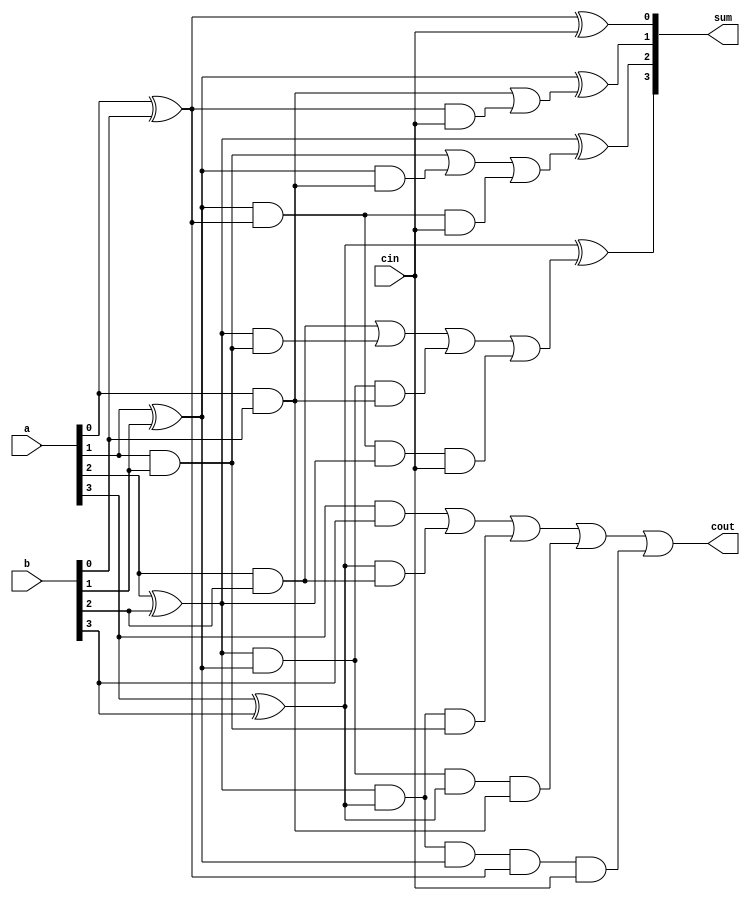
`timescale 1ns / 1ps
module look_ahead_adder(a,b,cin,sum,cout );
output [3:0]sum;output cout;
input [3:0]a,b;input cin;
wire p1,p2,p3,p4,g1,g2,g3,g4;
wire c1,c2,c3,c4;
assign  p1=a[0]^b[0];
assign  p2=a[1]^b[1];
assign  p3=a[2]^b[2];
assign  p4=a[3]^b[3];
assign  g1=a[0]&b[0];
assign  g2=a[1]&b[1];
assign  g3=a[2]&b[2];
assign  g4=a[3]&b[3];
assign c1 =g1|(p1&cin);
assign c2 =g2|(p2&g1)|(p2&p1&cin);
assign c3 =g3|(p3&g2)|(p3&p2&g1)|(p2&p1&p3&cin);
assign c4=g4|(p4&g3)|(p3&p4&g2)|(p3&p2&p4&g1)|(p4&p3&p2&p1&cin);
assign sum[0]=p1^cin;
assign sum[1]=p2^c1;
assign sum[2]=p3^c2;
assign sum[3]=p4^c3;
assign cout =c4; 
endmodule